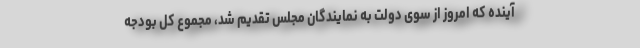
آینده که امروز از سوی دولت به نمایندگان مجلس تقدیم شد، مجموع کل بودجه